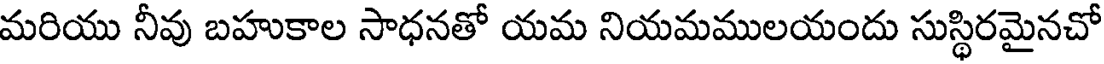
మరియు నీవు బహుకాల సాధనతో యమ నియమములయందు సుస్థిరమైనచో